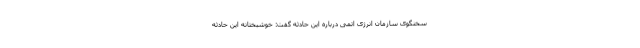
سخنگوی سازمان انرژی اتمی درباره این حادثه گفت: خوشبختانه این حادثه